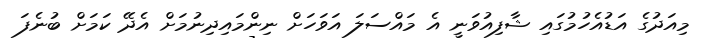
މިއަދުގެ އަޑުއެހުމުގައި ޝާފިއުވަނީ އެ މައްސަލަ އަވަހަށް ނިންމައިދިނުމަށް އެދޭ ކަމަށް ބުނެފަ